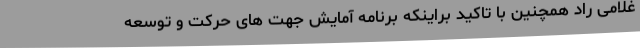
غلامی راد همچنین با تاکید براینکه برنامه آمایش جهت های حرکت و توسعه